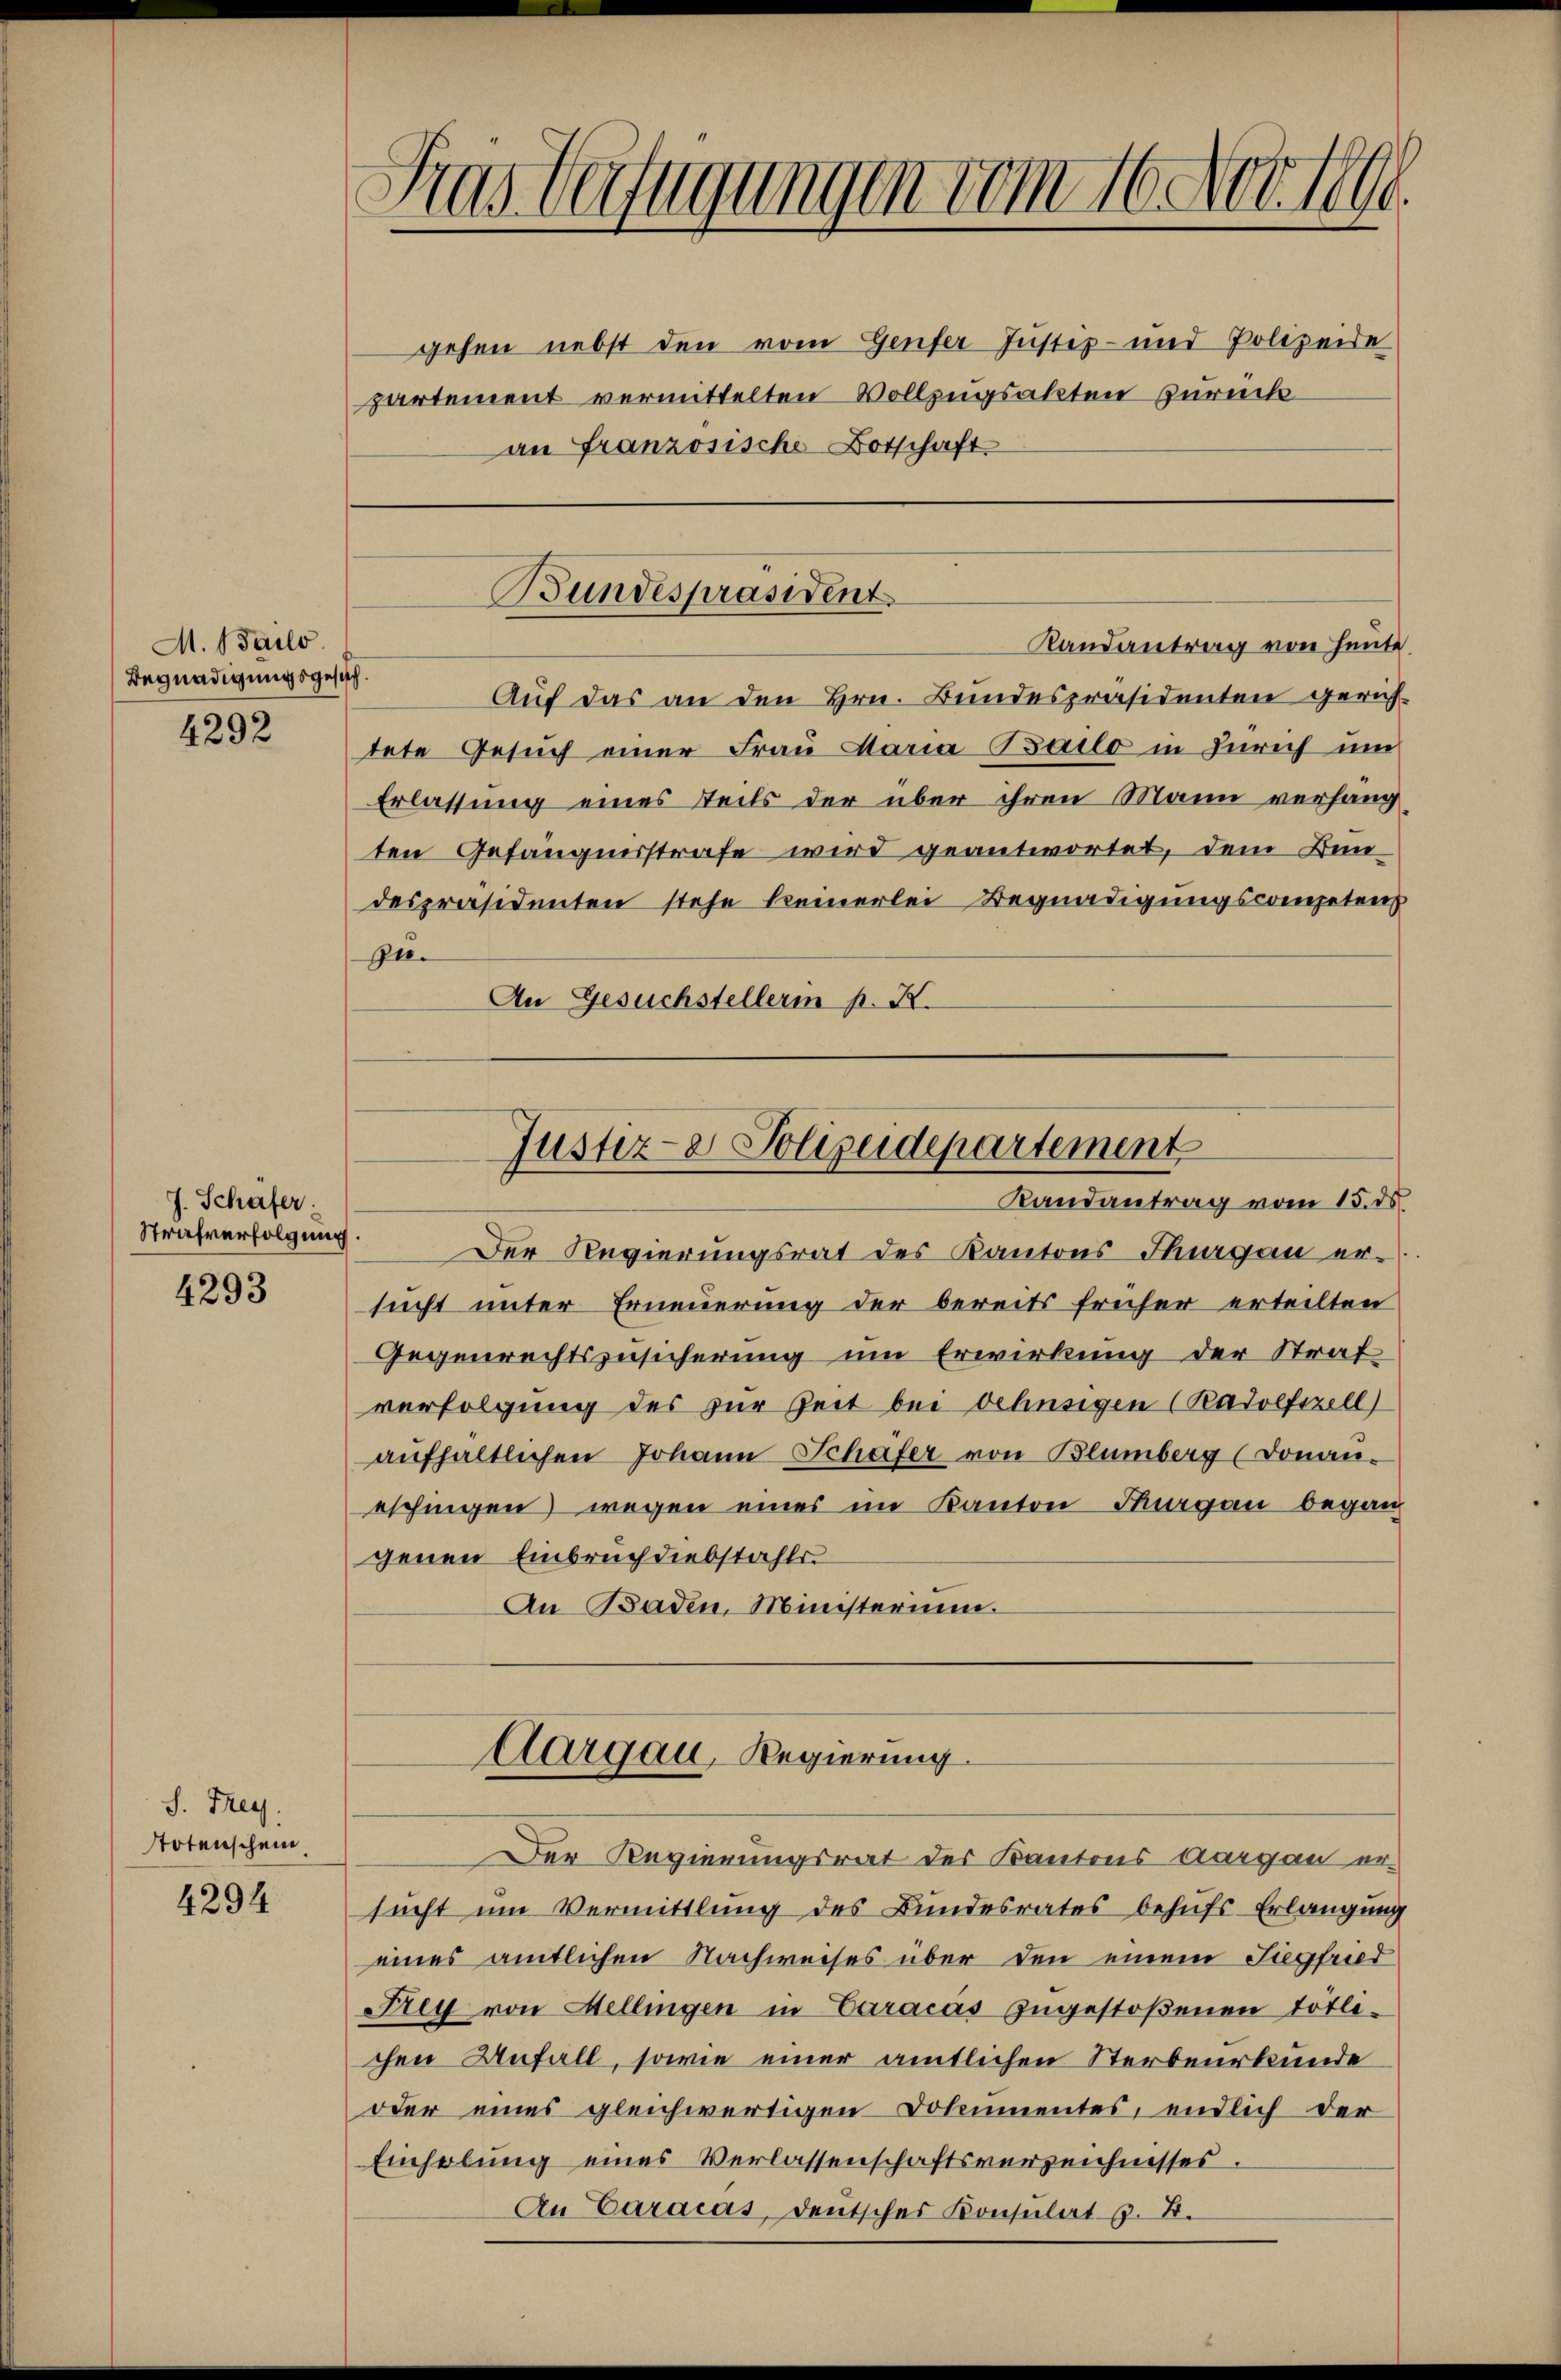
M. Bailo.
Begnadigungsgesuch.

4292

J. Schafer.
Strafverfolgung.

4293

S. Frey.
Notenschein.

4294

Sras Verfügungen vom 16. Nov. 1890.

gehen nebst den vom Genfer Justiz- und Polizeide
partement vermittelten Vollzugsakten zurück
an Französische Botschaft

Auf das an den Hrn. Bundespräsidenten gerichtete Gesuch einer Frau Maria Bailo in Zürich um
Erlassung eines Teils der über ihren Mann verhängten Gefängnisstrafe wird geantwortet, dem Bundespräsidenten stehe keinerlei Begnadigungscompetens
Zn.
An Gesuchstellerin p. X.

Bundespräsident.
Randantrag von Heute.

Justiz- & Polizeidepartement
Randantrag vom 15. ds

Der Regierungsrat des Kantons Thurgau er-
sucht unter Erneuerung der bereits früher erteilten
Gegenrechtszusicherung um Erwirkung der Straf
verfolgung des zur Zeit bei Dehnsigen (Radolfszell)
aŭfhaltlichen Johann Schafer von Blumberg (Donau-
eschingen wegen eines im Kanton Thurgau begang
genen Einbruch diebstahls
An Baden, Ministerium.

Aargau, Regierung.

Der Regierungsrat des Kantons Aargau ersucht um Vermittlung des Bundesrates behufs Erlangung
eines amtlichen Nachweises über den einem Siegfried
Frey von Mellingen in Caracas zugestoßenen tötle-
chen Unfall, sowie einer amtlichen Sterbeurkunde
oder eines gleichwertigen Dokumentes, endlich der
Einholung eines Verlassenschaftsverzeichnisses
An Caracas, deutsches Konsulat z. B.